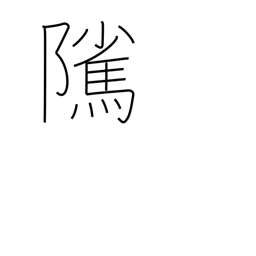
Meaning: stallion